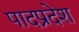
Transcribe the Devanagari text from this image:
पादप्रदेश